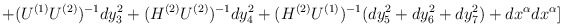
\begin{align*}+(U^{(1)}U^{(2)})^{-1}dy_3^2+(H^{(2)}U^{(2)})^{-1}dy_4^2+(H^{(2)}U^{(1)})^{-1}(dy_5^2+dy_6^2+dy_7^2)+ dx^{\alpha}dx^{\alpha}]\end{align*}